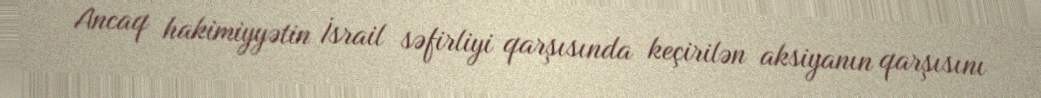
Ancaq hakimiyyətin İsrail səfirliyi qarşısında keçirilən aksiyanın qarşısını